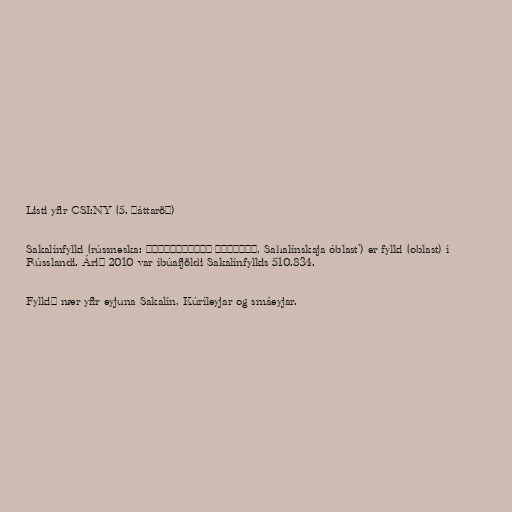
Listi yfir CSI:NY (5. þáttaröð)

Sakalínfylki (rússneska: Сахалинская область, Sahalínskaja óblast') er fylki (oblast) í
Rússlandi. Árið 2010 var íbúafjöldi Sakalínfylkis 510.834.

Fylkið nær yfir eyjuna Sakalín, Kúríleyjar og smáeyjar.